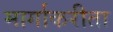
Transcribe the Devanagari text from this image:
मार्गाकरीता